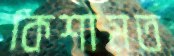
কিশামত